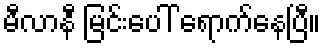
မီလာနီ မြင်းပေါ် ရောက်နေပြီ။